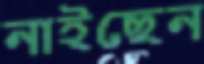
নাইছেন